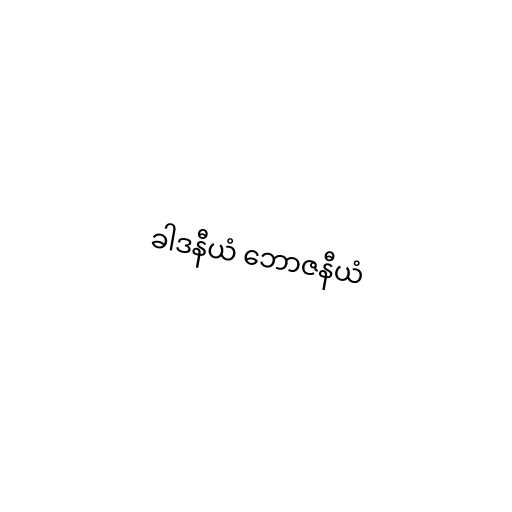
ခါဒနီယံ ဘောဇနီယံ